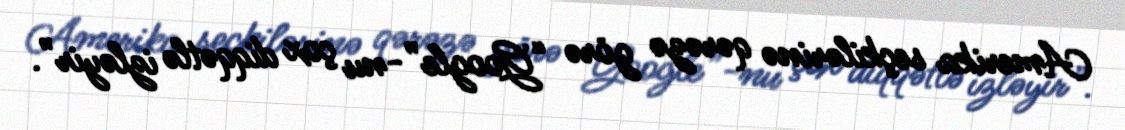
Amerika seçkilərinə qərəzə görə “Google”-nu çox diqqətlə izləyir”.